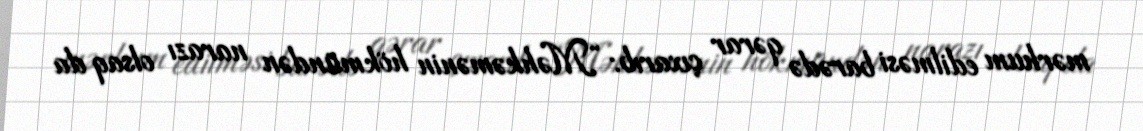
mərhum edilməsi barədə qərar çıxarıb: “Məhkəmənin hökmündən narazı olsaq da